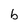
Character: b